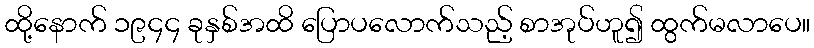
ထို့နောက် ၁၉၄၄ ခုနှစ်အထိ ပြောပလောက်သည့် စာအုပ်ဟူ၍ ထွက်မလာပေ။